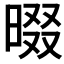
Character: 𣇽